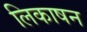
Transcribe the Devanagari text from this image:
लिकाषन